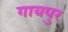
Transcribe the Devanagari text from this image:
गायपुर